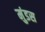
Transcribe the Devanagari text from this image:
मुंडस